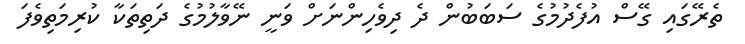
ތެރޭގައި ގޭސް އުފެދުމުގެ ސަބަބުން ދެ ދިވެހިންނަށް ވަނީ ނޭވާލުމުގެ ދަތިތަކާ ކުރިމަތިވެފަ